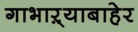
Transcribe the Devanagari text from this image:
गाभाऱ्याबाहेर